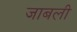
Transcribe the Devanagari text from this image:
जाबली